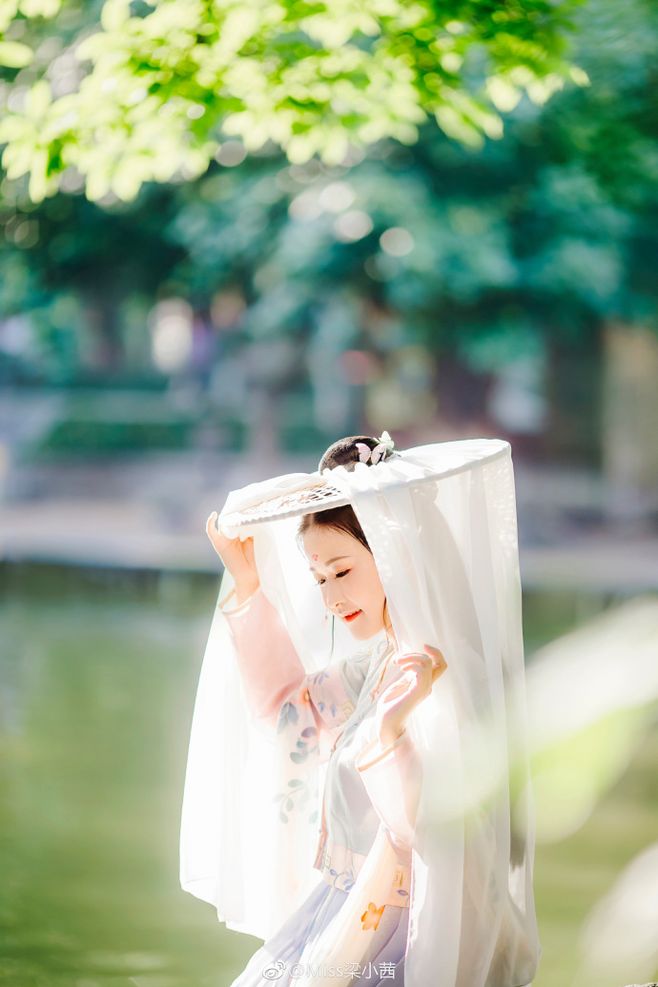
众里嫣然通一顾，人间颜色如尘土。